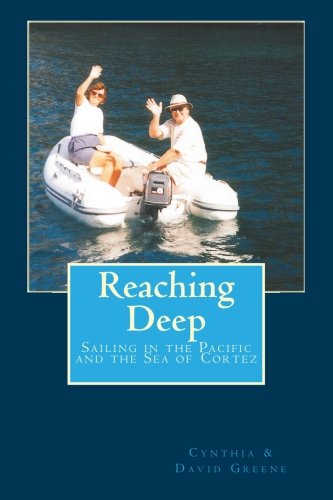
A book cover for Reaching Deep: Sailing in the Pacific and in the Sea of Cortez; Mrs Cynthia Greene; Travel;